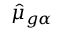
\hat { \mu } _ { g \alpha }